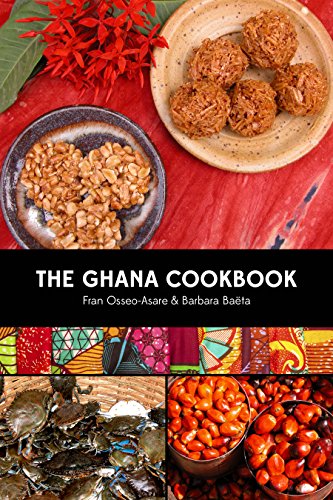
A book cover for The Ghana Cookbook; Fran Osseo-Asare; Cookbooks, Food & Wine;